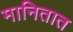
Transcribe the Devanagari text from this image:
मानितात